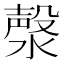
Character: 漀